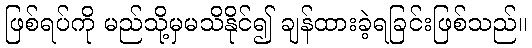
ဖြစ်ရပ်ကို မည်သို့မှမသိနိုင်၍ ချန်ထားခဲ့ရခြင်းဖြစ်သည်။